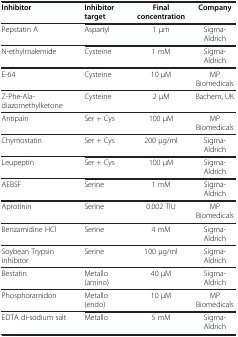
<table><thead><tr><td><b>Inhibitor</b></td><td><b>Inhibitor target</b></td><td><b>Final concentration</b></td><td><b>Company</b></td></tr></thead><tbody><tr><td>Pepstatin A</td><td>Aspartyl</td><td>1 μm</td><td>Sigma-Aldrich</td></tr><tr><td>N-ethylmalemide</td><td>Cysteine</td><td>1 mM</td><td>Sigma-Aldrich</td></tr><tr><td>E-64</td><td>Cysteine</td><td>10 μM</td><td>MP Biomedicals</td></tr><tr><td>Z-Phe-Ala-diazomethylketone</td><td>Cysteine</td><td>2 μM</td><td>Bachem, UK</td></tr><tr><td>Antipain</td><td>Ser + Cys</td><td>100 μM</td><td>MP Biomedicals</td></tr><tr><td>Chymostatin</td><td>Ser + Cys</td><td>200 μg/ml</td><td>Sigma-Aldrich</td></tr><tr><td>Leupeptin</td><td>Ser + Cys</td><td>100 μM</td><td>Sigma-Aldrich</td></tr><tr><td>AEBSF</td><td>Serine</td><td>1 mM</td><td>Sigma-Aldrich</td></tr><tr><td>Aprotinin</td><td>Serine</td><td>0.002 TIU</td><td>MP Biomedicals</td></tr><tr><td>Benzamidine HCl</td><td>Serine</td><td>4 mM</td><td>Sigma-Aldrich</td></tr><tr><td>Soybean Trypsin inhibitor</td><td>Serine</td><td>100 μg/ml</td><td>Sigma-Aldrich</td></tr><tr><td>Bestatin</td><td>Metallo (amino)</td><td>40 μM</td><td>Sigma-Aldrich</td></tr><tr><td>Phosphoramidon</td><td>Metallo (endo)</td><td>10 μM</td><td>MP Biomedicals</td></tr><tr><td>EDTA di-sodium salt</td><td>Metallo</td><td>5 mM</td><td>Sigma-Aldrich</td></tr></tbody></table>